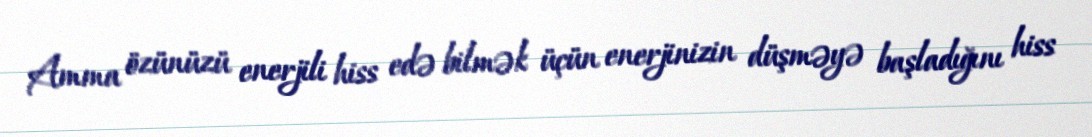
Amma özünüzü enerjili hiss edə bilmək üçün enerjinizin düşməyə başladığını hiss